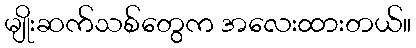
မျိုးဆက်သစ်တွေက အလေးထားတယ်။